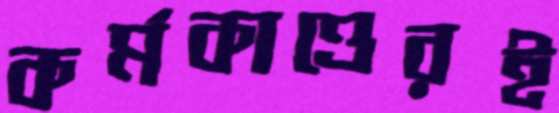
কর্মকাণ্ডেরই